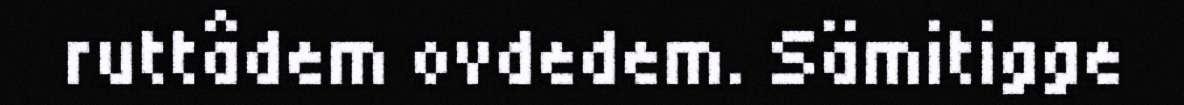
ruttâdem ovdedem. Sämitigge